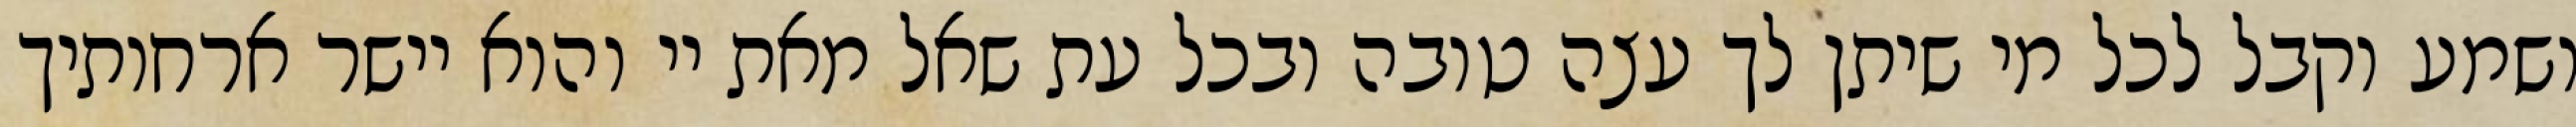
ושמע וקבל לכל מי שיתן לך עצה טובה ובכל עת שאל מאת יי והוא יישר ארחותיך